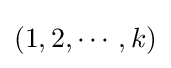
(1,2,\cdots ,k)